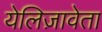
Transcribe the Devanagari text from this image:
येलिज़ावेता